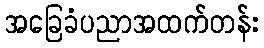
အခြေခံပညာအထက်တန်း